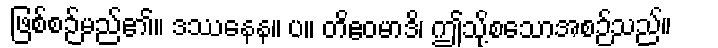
ဖြစ်စဉ်မည်၏။ ဒဿနေန။ ပ။ တိဧဝမာဒိ၊ ဤသို့စသောအစဉ်သည်။